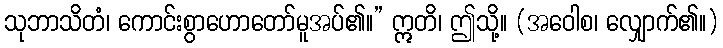
သုဘာသိတံ၊ ကောင်းစွာဟောတော်မူအပ်၏။” ဣတိ၊ ဤသို့။ (အဝေါစ၊ လျှောက်၏။)